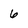
Character: 6